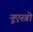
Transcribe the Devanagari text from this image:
नूएस्त्रो